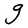
Character: g